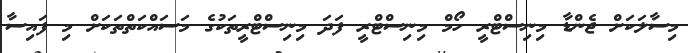
މިސާލަކަށް ޖެންޑާ މިނިސްޓްރީ ހޯމް މިނިސްޓްރީ ފަދަ މިނިސްޓްރީތަކުގެ މަސައްކަތްތަކަށް މި ފައިސާ